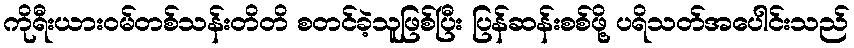
ကိုရီးယားဝမ်တစ်သန်းတိတိ စတင်ခဲ့သူဖြစ်ပြီး ပြန်ဆန်းစစ်ဖို့ ပရိသတ်အပေါင်းသည်